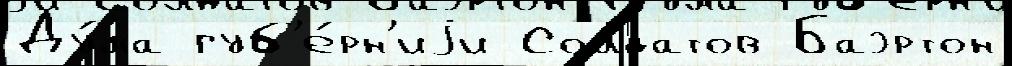
Ду́ма губ'е́рн'иjи Солдатов Баэртон